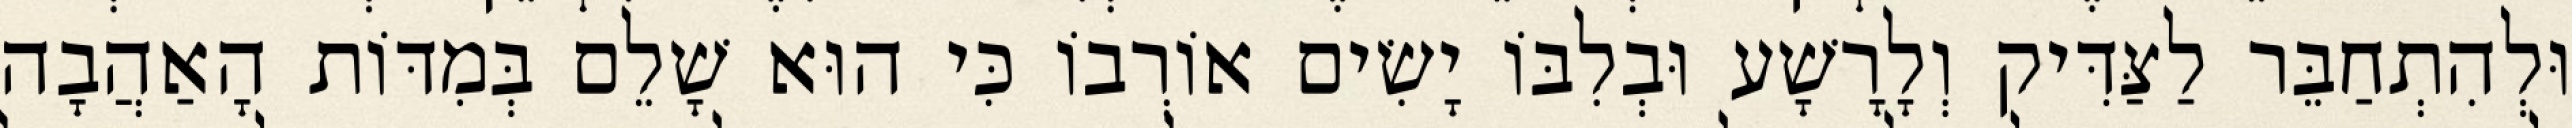
וּלְהִתְחַבֵּר לַצַּדִּיק וְלָרָשָׁע וּבְלִבּוֹ יָשִׂים אוֹרְבוֹ כִּי הוּא שָׁלֵם בְּמִדּוֹת הָאַהֲבָה